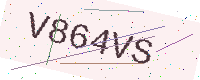
Text: V864VS